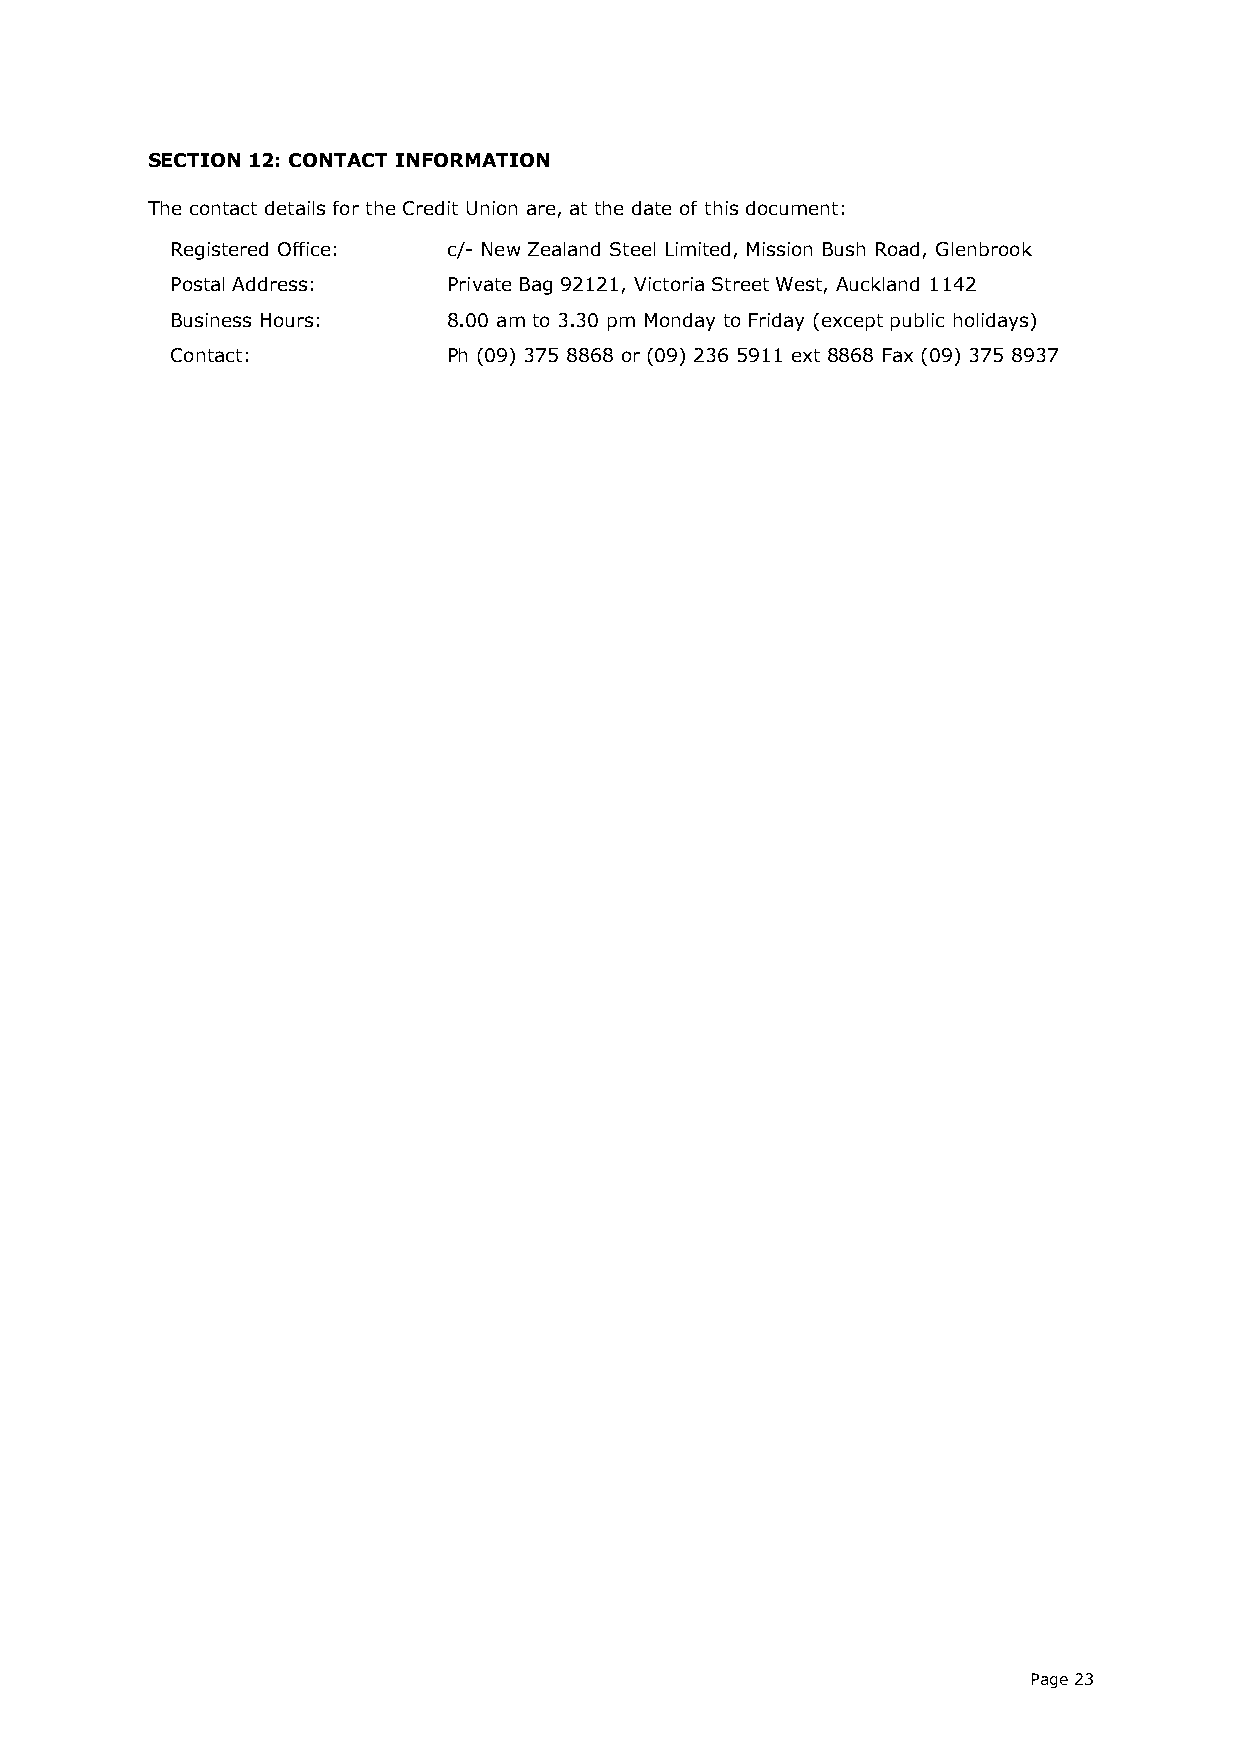
SECTION 12: CONTACT INFORMATION
 The contact details for the Credit Union are, at the date of this document:
 Registered Office: c/- New Zealand Steel Limited, Mission Bush Road, Glenbrook
 Postal Address:    Private Bag 92121, Victoria Street West, Auckland 1142
 Business Hours:    8.00 am to 3.30 pm Monday to Friday (except public holidays)
 Contact:           Ph (09) 375 8868 or (09) 236 5911 ext 8868 Fax (09) 375 8937
 Page 23